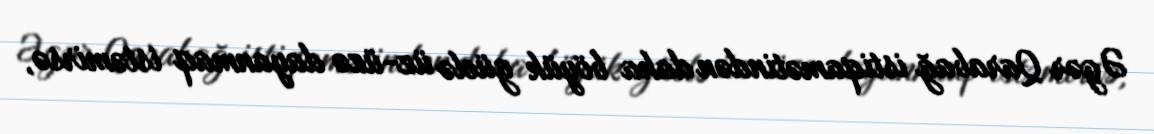
Əgər Qarabağ istiqamətindən daha böyük güclə üz-üzə dayanmaq istəmirsə,